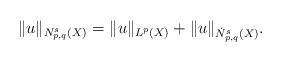
LaTeX: \begin{align*}\|u\|_{N_{p,q}^s(X)}=\|u\|_{L^p(X)}+\|u\|_{\dot N_{p,q}^s(X)}.\end{align*}